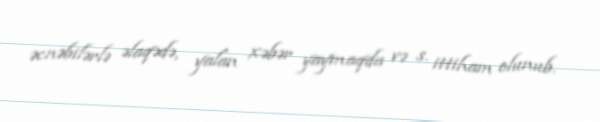
əcnəbilərlə əlaqədə, yalan xəbər yaymaqda və s. ittiham olunub.